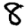
Digit: 8